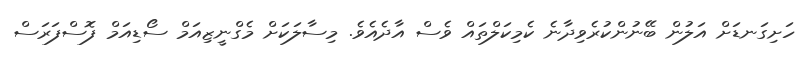
ހަށިގަނޑަށް އަލުން ބޭނުންކުރެވިދާނެ ކެމިކަލްތައް ވެސް އާދެއެވެ. މިސާލަކަށް މެގްނީޒިއަމް ސޯޑިއަމް ފޮސްފަރަސް